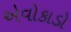
એવોકાડો